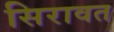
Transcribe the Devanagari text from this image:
सिरावत